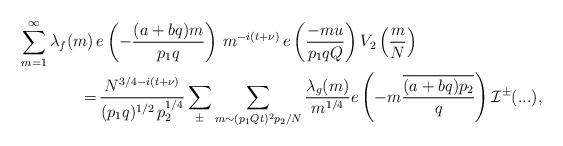
LaTeX: \begin{align*}\sum_{m=1}^{\infty}\lambda_f (m)\,&e\left(-\frac{(a+bq)m}{p_1q }\right)\, m^{-i(t+\nu)}\,e\left(\frac{-mu}{p_1qQ}\right) V_2\left( \frac{m}{N}\right)\\ =&\, \frac{ N^{3/4-i(t+\nu)}}{(p_1q)^{1/2}\,p_2^{1/4}} \sum_{\pm} \sum_{m \sim (p_1Qt)^2p_2/N} \frac{\lambda_g(m)}{m^{1/4}} e\left(-m \frac{\overline{(a+bq) p_2}}{q}\right) \mathcal{I}^{\pm} (...),\end{align*}